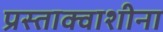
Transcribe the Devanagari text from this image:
प्रस्ताक्वाशीना